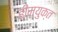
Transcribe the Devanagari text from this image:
हीमयुक्त